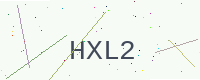
Text: HXL2